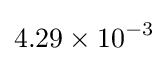
4.29\times 10^{-3}